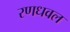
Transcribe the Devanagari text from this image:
रणधवल